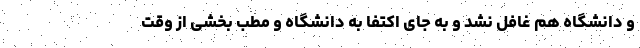
و دانشگاه هم غافل نشد و به جای اکتفا به دانشگاه و مطب بخشی از وقت